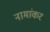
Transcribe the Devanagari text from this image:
नामांकर